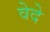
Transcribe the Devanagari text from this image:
वेदे